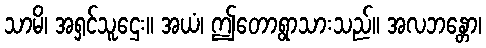
သာမိ၊ အရှင်သူဌေး။ အယံ၊ ဤတောရွာသားသည်။ အလဘန္တော၊